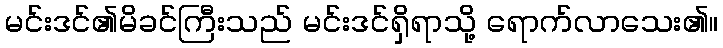
မင်းဒင်၏မိခင်ကြီးသည် မင်းဒင်ရှိရာသို့ ရောက်လာသေး၏။